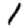
Digit: 1